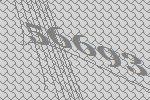
56693